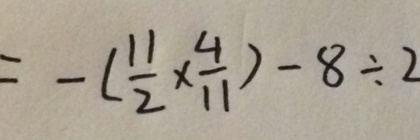
= - ( \frac { 1 1 } { 2 } \times \frac { 4 } { 1 1 } ) - 8 \div 2